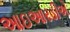
આઇઆરડીએ